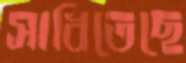
সাধিতেছে